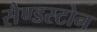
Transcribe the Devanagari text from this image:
सैण्डस्टोन